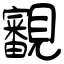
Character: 覾